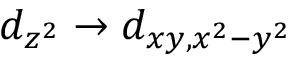
d _ { z ^ { 2 } } \rightarrow d _ { x y , x ^ { 2 } - y ^ { 2 } }